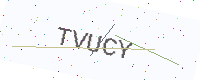
Text: TVUCY